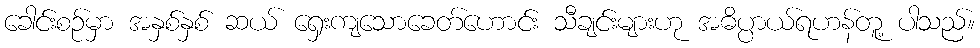
ခေါင်းစဉ်မှာ အနှစ်နှစ် ဆယ် ရှေးကျသောခေတ်ဟောင်း သီချင်းများဟု အဓိပ္ပာယ်ရဟန်တူ့ ပါသည်။